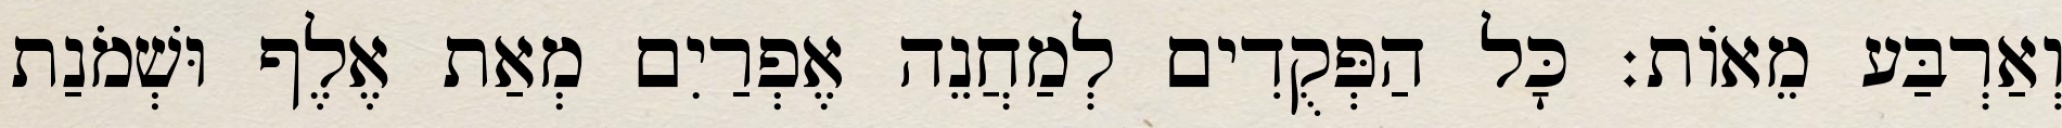
וְאַרְבַּע מֵאוֹת׃ כָּל הַפְּקֻדִים לְמַחֲנֵה אֶפְרַיִם מְאַת אֶלֶף וּשְׁמֹנַת